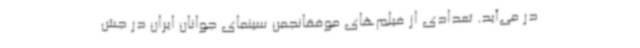
در می‌آید. تعدادی از فیلم‌های موفقانجمن سینمای جوانان ایران در جش